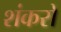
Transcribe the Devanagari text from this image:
शंकरो